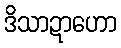
ဒိသာဍာဟော